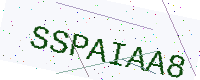
Text: SSPAIAA8